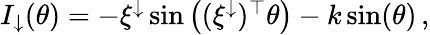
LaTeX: \begin{array}{r}{I_{\downarrow}(\theta)=-\xi^{\downarrow}\sin\left((\xi^{\downarrow})^{\top}\theta\right)-k\sin(\theta)\, ,}\end{array}